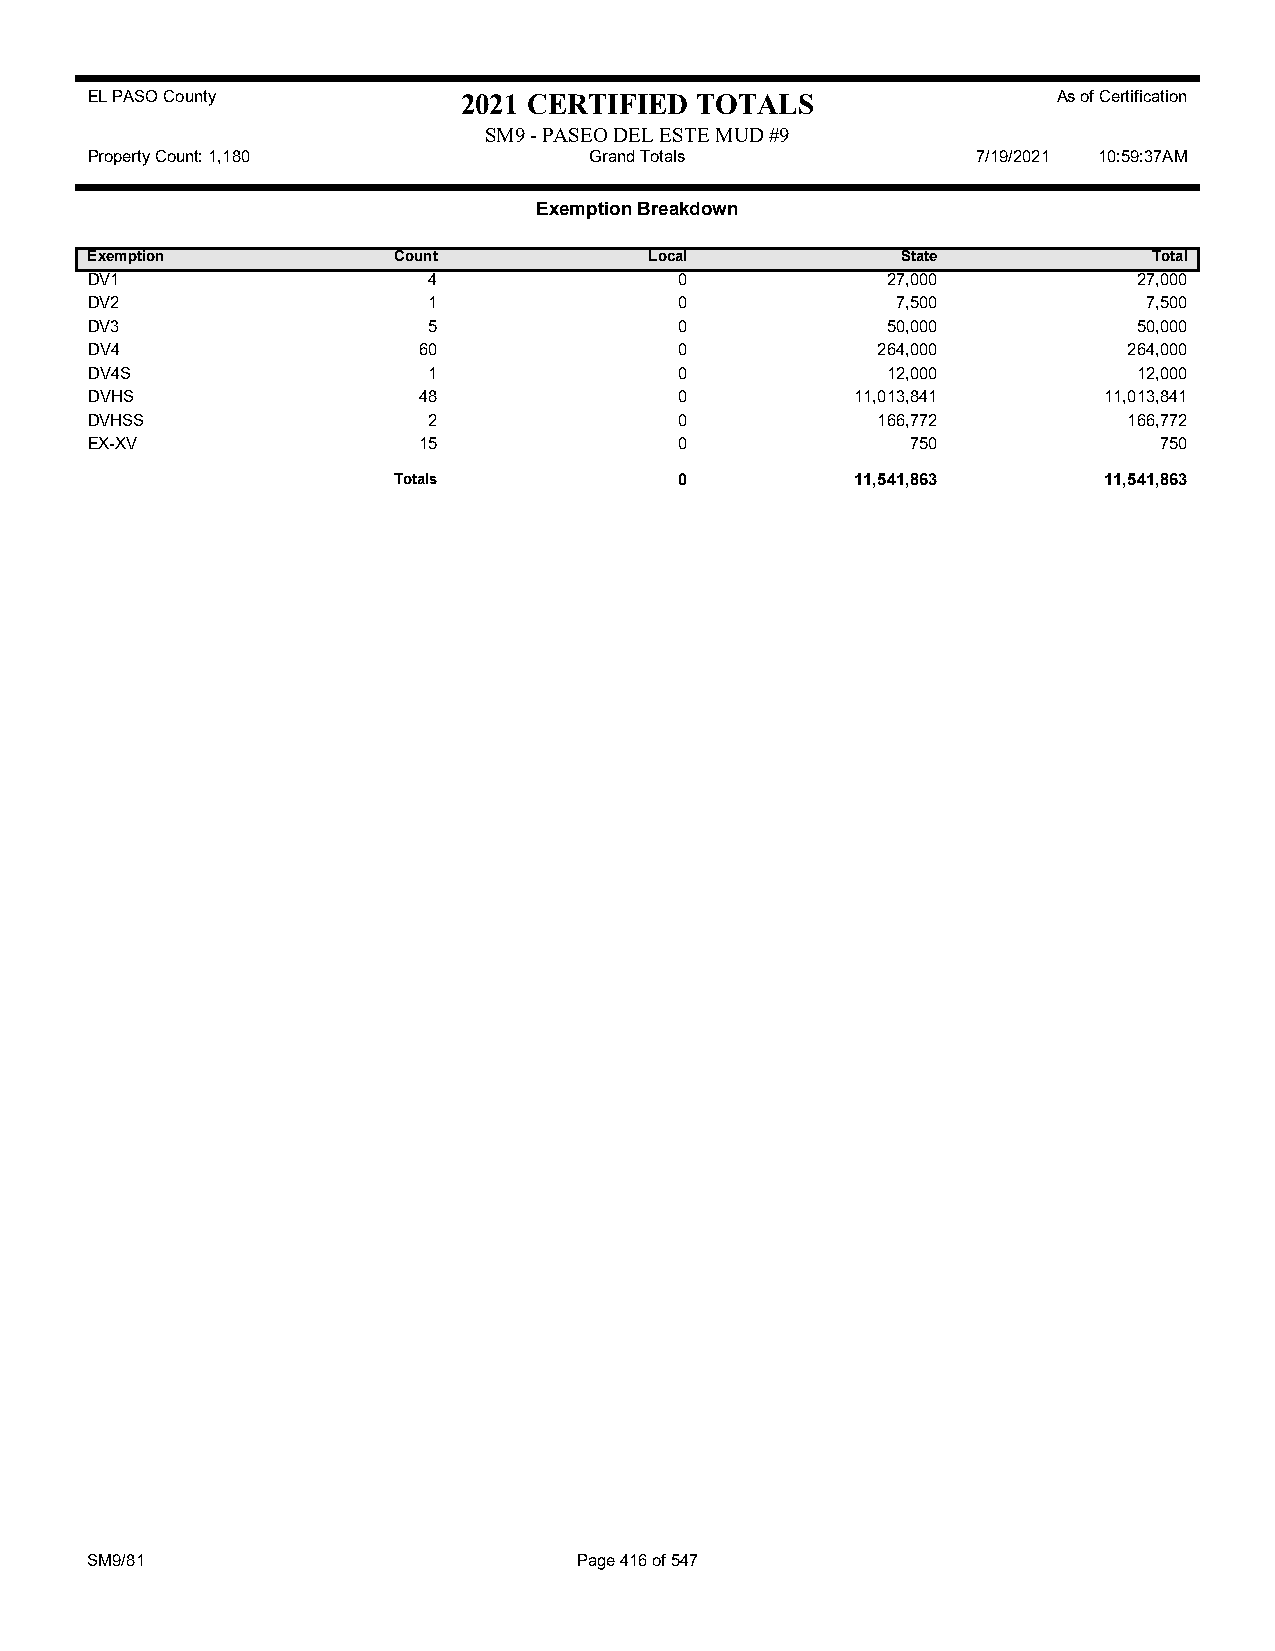
EL PASO County           2021 CERTIFIED TOTALS                  As of Certification
 SM9 - PASEO DEL ESTE MUD #9
 Property Count: 1,180            Grand Totals              7/19/2021 10:59:37AM
 Exemption Breakdown
 Exemption           Count            Local            State           Total
 DV1                   4                0             27,000          27,000
 DV2                   1                0             7,500            7,500
 DV3                   5                0             50,000          50,000
 DV4                   60               0            264,000          264,000
 DV4S                  1                0             12,000          12,000
 DVHS                  48               0           11,013,841      11,013,841
 DVHSS                 2                0            166,772          166,772
 EX-XV                 15               0              750              750
 Totals             0           11,541,863      11,541,863
 SM9/81                          Page 416 of 547